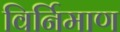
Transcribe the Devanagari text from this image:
विर्निमाण